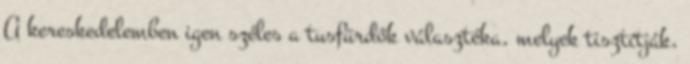
A kereskedelemben igen széles a tusfürdők választéka, melyek tisztítják,